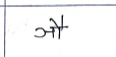
मजकूर: ञौ